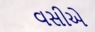
વસીએ